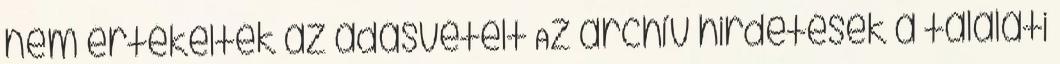
nem értékelték az adásvételt Az archív hirdetések a találati